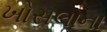
ખોસલાના